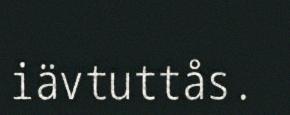
iävtuttås.